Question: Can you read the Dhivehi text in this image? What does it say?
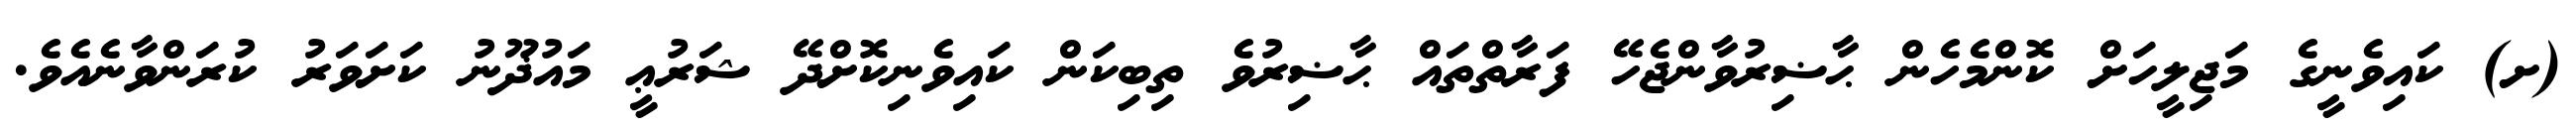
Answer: (ށ) ކައިވެނީގެ މަޖިލީހަށް ކޮންމެހެން ޙާޟިރުވާންޖެހޭ ފަރާތްތައް ޙާޟިރުވެ ތިބިކަން ކައިވެނިކޮށްދޭ ޝަރުޢީ މައުޛޫނު ކަށަވަރު ކުރަންވާނެއެވެ.